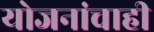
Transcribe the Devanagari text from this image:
योजनांचाही